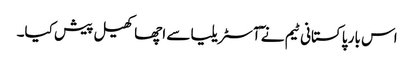
اس بار پاکستانی ٹیم نے ٓآسٹریلیا سے اچھا کھیل پیش کیا۔